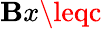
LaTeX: \mathbf{B}x\leqc